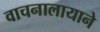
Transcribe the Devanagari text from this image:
वाचनालायाने